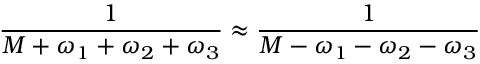
\frac { 1 } { M + \omega _ { 1 } + \omega _ { 2 } + \omega _ { 3 } } \approx \frac { 1 } { M - \omega _ { 1 } - \omega _ { 2 } - \omega _ { 3 } }